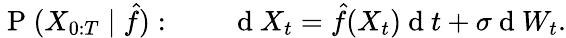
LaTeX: \mathrm{~P~}(X_{0:T}\mid\hat{f}):\qquad\mathrm{~d~}X_{t}=\hat{f}(X_{t})\mathrm{~d~}t+\sigma\mathrm{~d~}W_{t}.